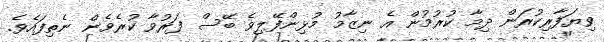
ވިޔަފާރިކުރަން ދިމާ ކުރުމުން އެ ނިޒާމު މުޅިންފޭލިވެ ބޭސް ފަރުވާ ކުރެވެން ނެތިފައެވެ.